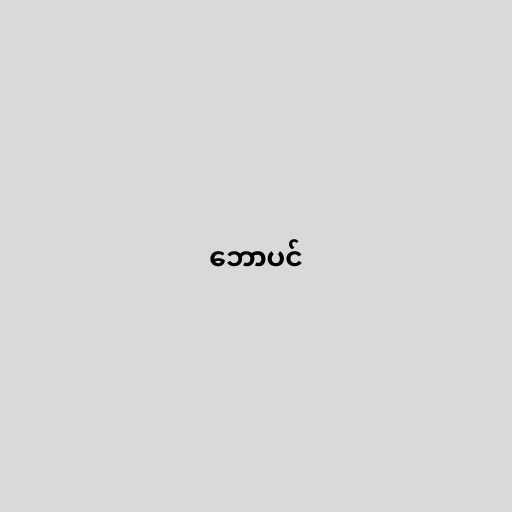
ဘောပင်